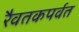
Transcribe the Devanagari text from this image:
रैवतकपर्वत